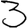
Digit: 3